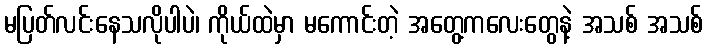
မပြတ်လင်းနေသလိုပါပဲ၊ ကိုယ်ထဲမှာ မကောင်းတဲ့ အတွေ့ကလေးတွေနဲ့ အသစ် အသစ်